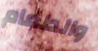
والطعام